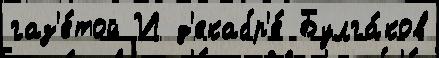
газ'е́той И д'екабр'е́ Булга́ков